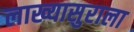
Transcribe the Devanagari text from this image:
लाख्यासुराला